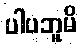
ပါပဘူမိ